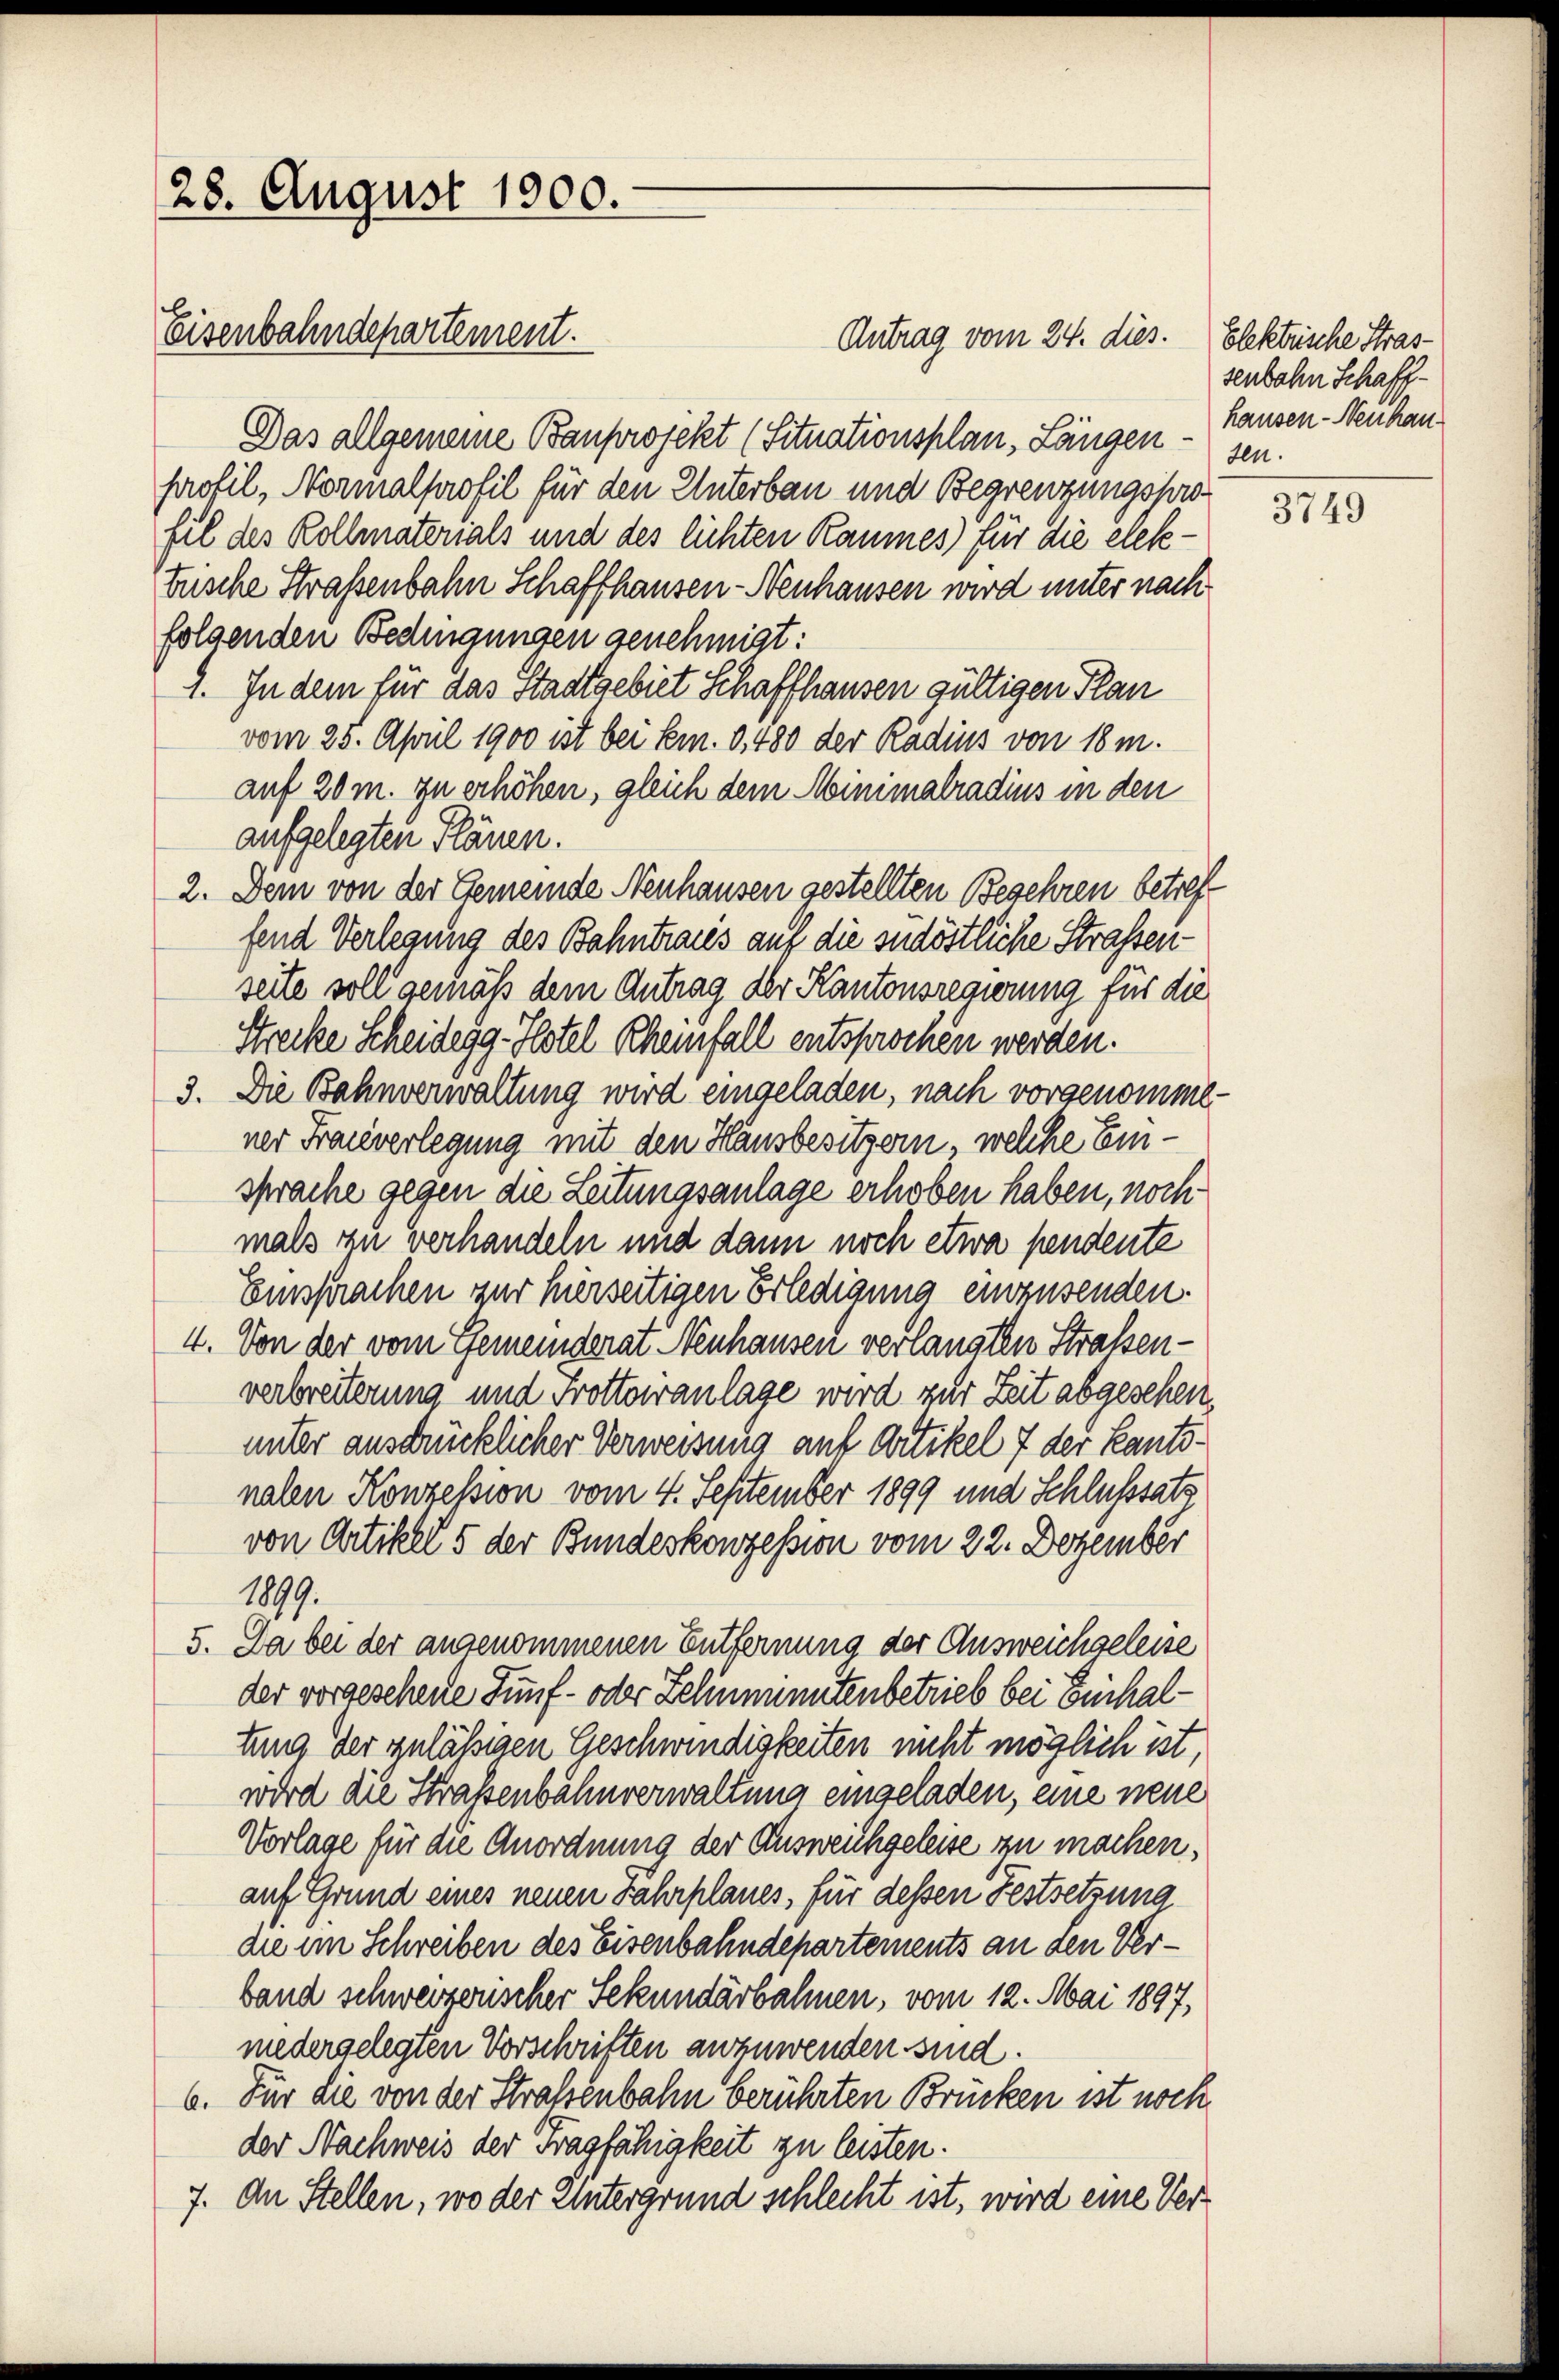
28. August 1900.
Eisenbahndepartement.

Antrag vom 24. dies. Elektrische Stras¬
Das allgemeine Bauprojekt (Situationsplan, Längen sen.
profil, Normalprofil für den Unterbau und Begrenzungsprofil des Kollmaterials und des lichten Raumes für die elektrische Straßenbahn Schaffhausen-Neuhausen wird unter nach
folgenden Bedingungen genehmigt:
9. In dem für das Stadtgebiet Schaffhausen gültigen Plan
vom 25. April 1900 ist bei Emn. 3, 480 der Radius von 18 m.
auf 20 m. zu erhöhen, gleich dem Minimalradius in den
aufgelegten Plänen.
2. Dem von der Gemeinde Neuhausen gestellten Begehren betreff
fend Verlegung des Bahntraues auf die südöstliche Straßenseite soll gemäß dem Antrag der Kantonsregierung für die
Strecke Scheidegg-Hotel Rheinfall entsprochen werden.
3. Die Bahnverwaltung wird eingeladen, nach vorgenomme
ner Frauverlegung mit den Hausbesitzern, welche Einsprache gegen die Leitungsanlage erhoben haben, noch
mals zu verhandeln und dann noch etwa pendente
Einsprachen zur herseitigen Erledigung einzusenden.
4. Von der vom Gemeinderat Neuhausen verlangten Straßen-
verbreiterung und Trottoiranlage wird zur Zeit abgesehen,
unter ausdrücklicher Verweisung auf Artikel 7 der Kantonalen Konzession vom 4. September 1899 und Schlusssatz
von Artikel 5 der Bundeskonzession vom 22. Dezember
1899.
5. Da bei der angenommenen Entfernung der Ausweichgeleise
der vorgesehene Fünf- oder Zelinminutenbetrieb bei Einhaltung der zulässigen Geschwendigkeiten nicht möglich ist,
wird die Straßenbahnverwaltung eingeladen, eine neue
Vorlage für die Anordnung der Ausweichgeleise zu machen,
auf Grund eines neuen Fahrplanes, für dessen Festsetzung
die im Schreiben des Eisenbahndepartements an den Verband schwerzenscher Sekundärbahnen, vom 12. Mai 1897,
niedergelegten Vorschriften anzuwenden sind.
6. Für die von der Straßenbahn berührten Brücken ist noch
der Nachweis der Fragfähigkeit zu leisten.
7. An Stellen, wo der Untergrund schlecht ist, wird eine Ver¬

senbahn Schaffhausen - Neuhau

3749